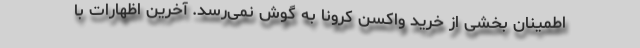
اطمینان بخشی از خرید واکسن کرونا به گوش نمی‌رسد. آخرین اظهارات با